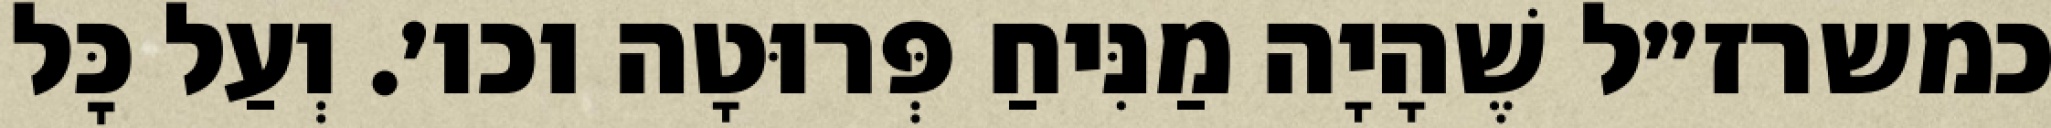
כמשרז״ל שֶׁהָיָה מַנִּיחַ פְּרוּטָה וכו׳. וְעַל כׇּל